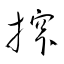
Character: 搾